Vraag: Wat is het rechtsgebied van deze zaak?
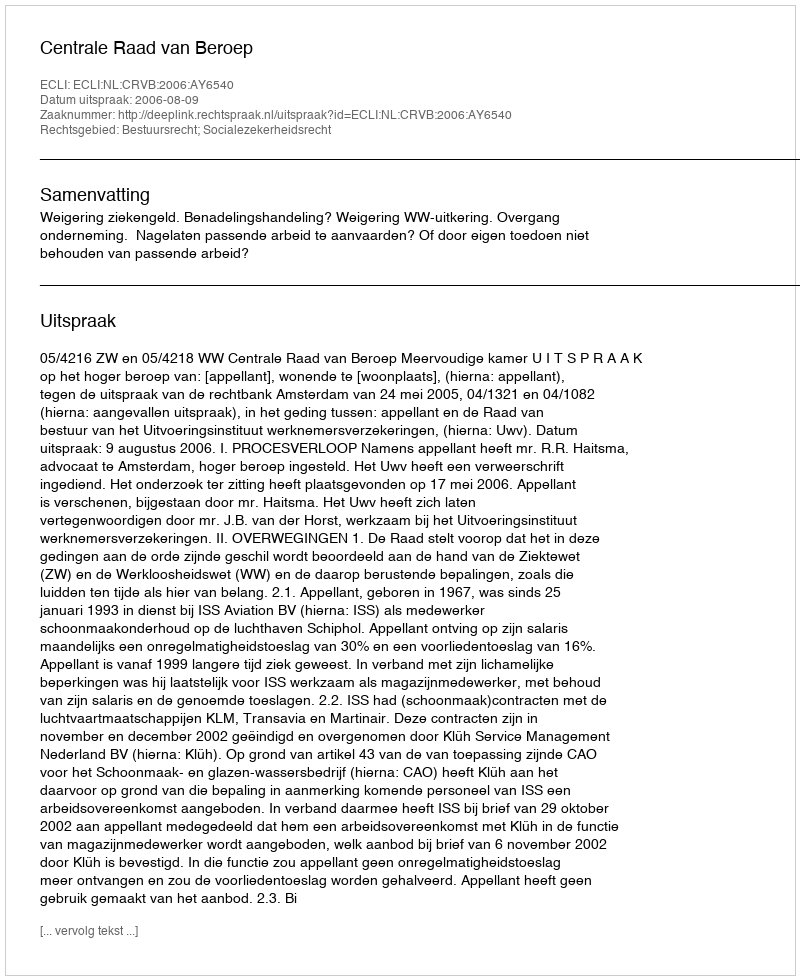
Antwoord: Bestuursrecht; Socialezekerheidsrecht